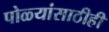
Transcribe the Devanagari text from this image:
पोळ्यांसाठीही